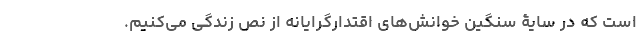
است که در سایۀ سنگین خوانش‌های اقتدارگرایانه از نص زندگی می‌کنیم.